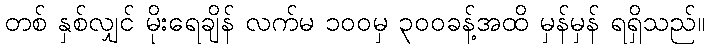
တစ် နှစ်လျှင် မိုးရေချိန် လက်မ ၁၀၀မှ ၃၀၀ခန့်အထိ မှန်မှန် ရရှိသည်။